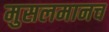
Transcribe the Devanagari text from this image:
मुसलमानच